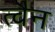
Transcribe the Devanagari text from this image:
त्वैन